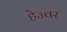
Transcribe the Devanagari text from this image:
हेज्वर